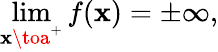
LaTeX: \operatorname*{lim}_{\mathbf{x}\toa^{+}}f(\mathbf{x})=\pm\infty,